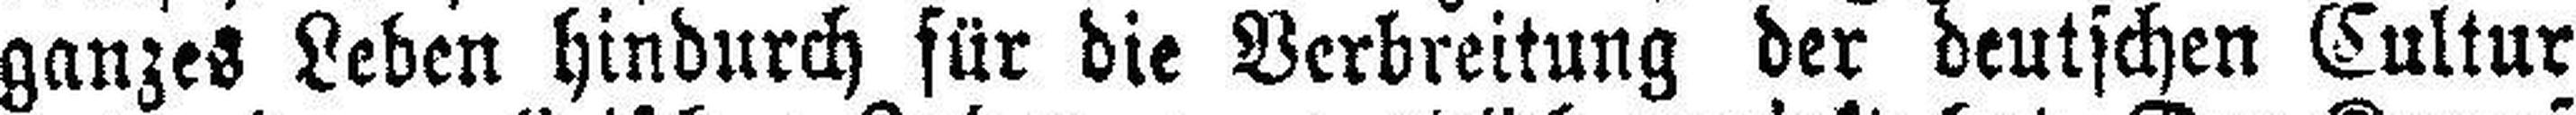
ganzes Leben hindurch für die Verbreitung der deutschen Cultur